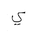
Letter: _ya